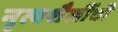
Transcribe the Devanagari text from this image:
नृत्यशैलींची